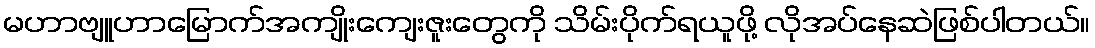
မဟာဗျူဟာမြောက်အကျိုးကျေးဇူးတွေကို သိမ်းပိုက်ရယူဖို့ လိုအပ်နေဆဲဖြစ်ပါတယ်။